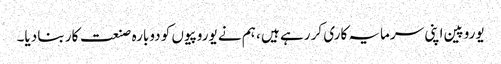
یوروپین اپنی سرمایہ کاری کر رہے ہیں ، ہم نے یوروپیوں کو دوبارہ صنعت کار بنا دیا۔